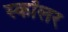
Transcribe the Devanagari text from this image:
स्‍कॉलर